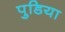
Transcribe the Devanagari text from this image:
पुडिया